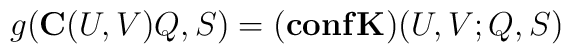
g({\bf C}(U,V)Q,S) =({\bf conf}{\bf K})(U,V;Q,S)